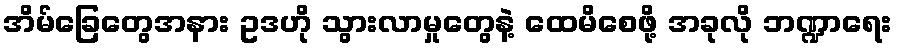
အိမ်ခြေတွေအနား ဥဒဟို သွားလာမှုတွေနဲ့ ထေမိစေဖို့ အခုလို ဘဏ္ဍာရေး